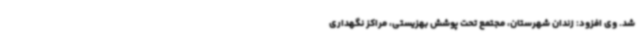
شد. وی افزود: زندان شهرستان، مجتمع تحت پوشش بهزیستی، مراکز نگهداری